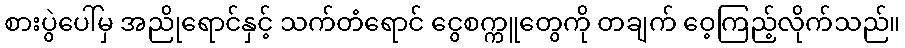
စားပွဲပေါ်မှ အညိုရောင်နှင့် သက်တံရောင် ငွေစက္ကူတွေကို တချက် ဝေ့ကြည့်လိုက်သည်။